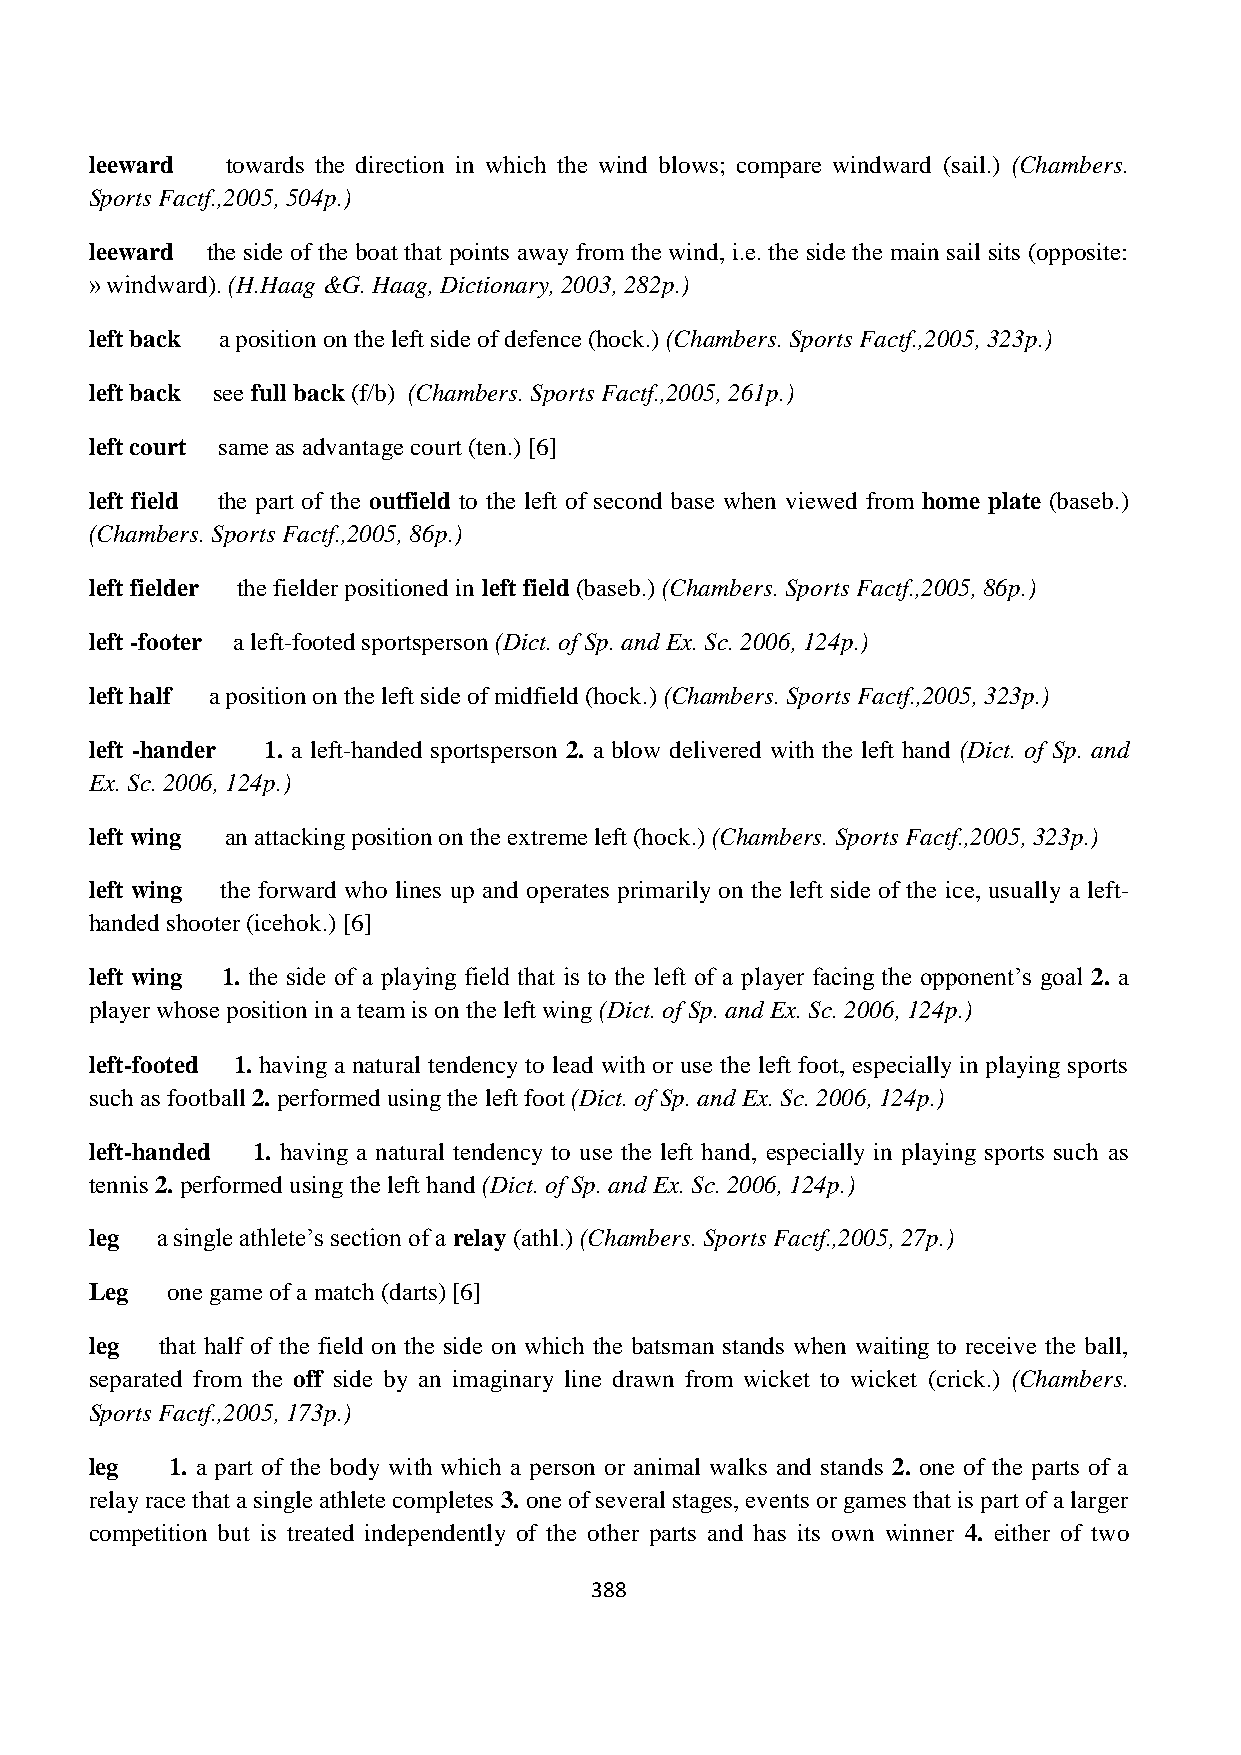
leeward  towards the direction in which the wind blows; compare windward (sail.) (Chambers.
 Sports Factf.,2005, 504p.)
 leeward the side of the boat that points away from the wind, i.e. the side the main sail sits (opposite:
 » windward). (H.Haag &G. Haag, Dictionary, 2003, 282p.)
 left back a position on the left side of defence (hock.) (Chambers. Sports Factf.,2005, 323p.)
 left back see full back (f/b) (Chambers. Sports Factf.,2005, 261p.)
 left court same as advantage court (ten.) [6]
 left field the part of the outfield to the left of second base when viewed from home plate (baseb.)
 (Chambers. Sports Factf.,2005, 86p.)
 left fielder the fielder positioned in left field (baseb.) (Chambers. Sports Factf.,2005, 86p.)
 left -footer a left-footed sportsperson (Dict. of Sp. and Ex. Sc. 2006, 124p.)
 left half a position on the left side of midfield (hock.) (Chambers. Sports Factf.,2005, 323p.)
 left -hander 1. a left-handed sportsperson 2. a blow delivered with the left hand (Dict. of Sp. and
 Ex. Sc. 2006, 124p.)
 left wing an attacking position on the extreme left (hock.) (Chambers. Sports Factf.,2005, 323p.)
 left wing the forward who lines up and operates primarily on the left side of the ice, usually a left-
 handed shooter (icehok.) [6]
 left wing 1. the side of a playing field that is to the left of a player facing the opponent‟s goal 2. a
 player whose position in a team is on the left wing (Dict. of Sp. and Ex. Sc. 2006, 124p.)
 left-footed 1. having a natural tendency to lead with or use the left foot, especially in playing sports
 such as football 2. performed using the left foot (Dict. of Sp. and Ex. Sc. 2006, 124p.)
 left-handed 1. having a natural tendency to use the left hand, especially in playing sports such as
 tennis 2. performed using the left hand (Dict. of Sp. and Ex. Sc. 2006, 124p.)
 leg a single athlete‟s section of a relay (athl.) (Chambers. Sports Factf.,2005, 27p.)
 Leg  one game of a match (darts) [6]
 leg  that half of the field on the side on which the batsman stands when waiting to receive the ball,
 separated from the off side by an imaginary line drawn from wicket to wicket (crick.) (Chambers.
 Sports Factf.,2005, 173p.)
 leg  1. a part of the body with which a person or animal walks and stands 2. one of the parts of a
 relay race that a single athlete completes 3. one of several stages, events or games that is part of a larger
 competition but is treated independently of the other parts and has its own winner 4. either of two
 388